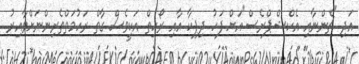
އަދި "ޗެންނާއި އެކްޝްޕްރެސް"އަށް ފަހު ދިޕިކާ އާއި ރޯހިތް އަކީވެސް ގާތް ރަހުމަތްތެރިންނަށްވާއިރު.